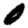
Digit: 0